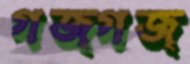
গজ্‌গজ্‌